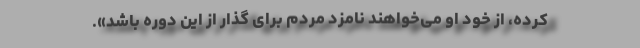
کرده، از خود او می‌خواهند نامزد مردم برای گذار از این دوره باشد».